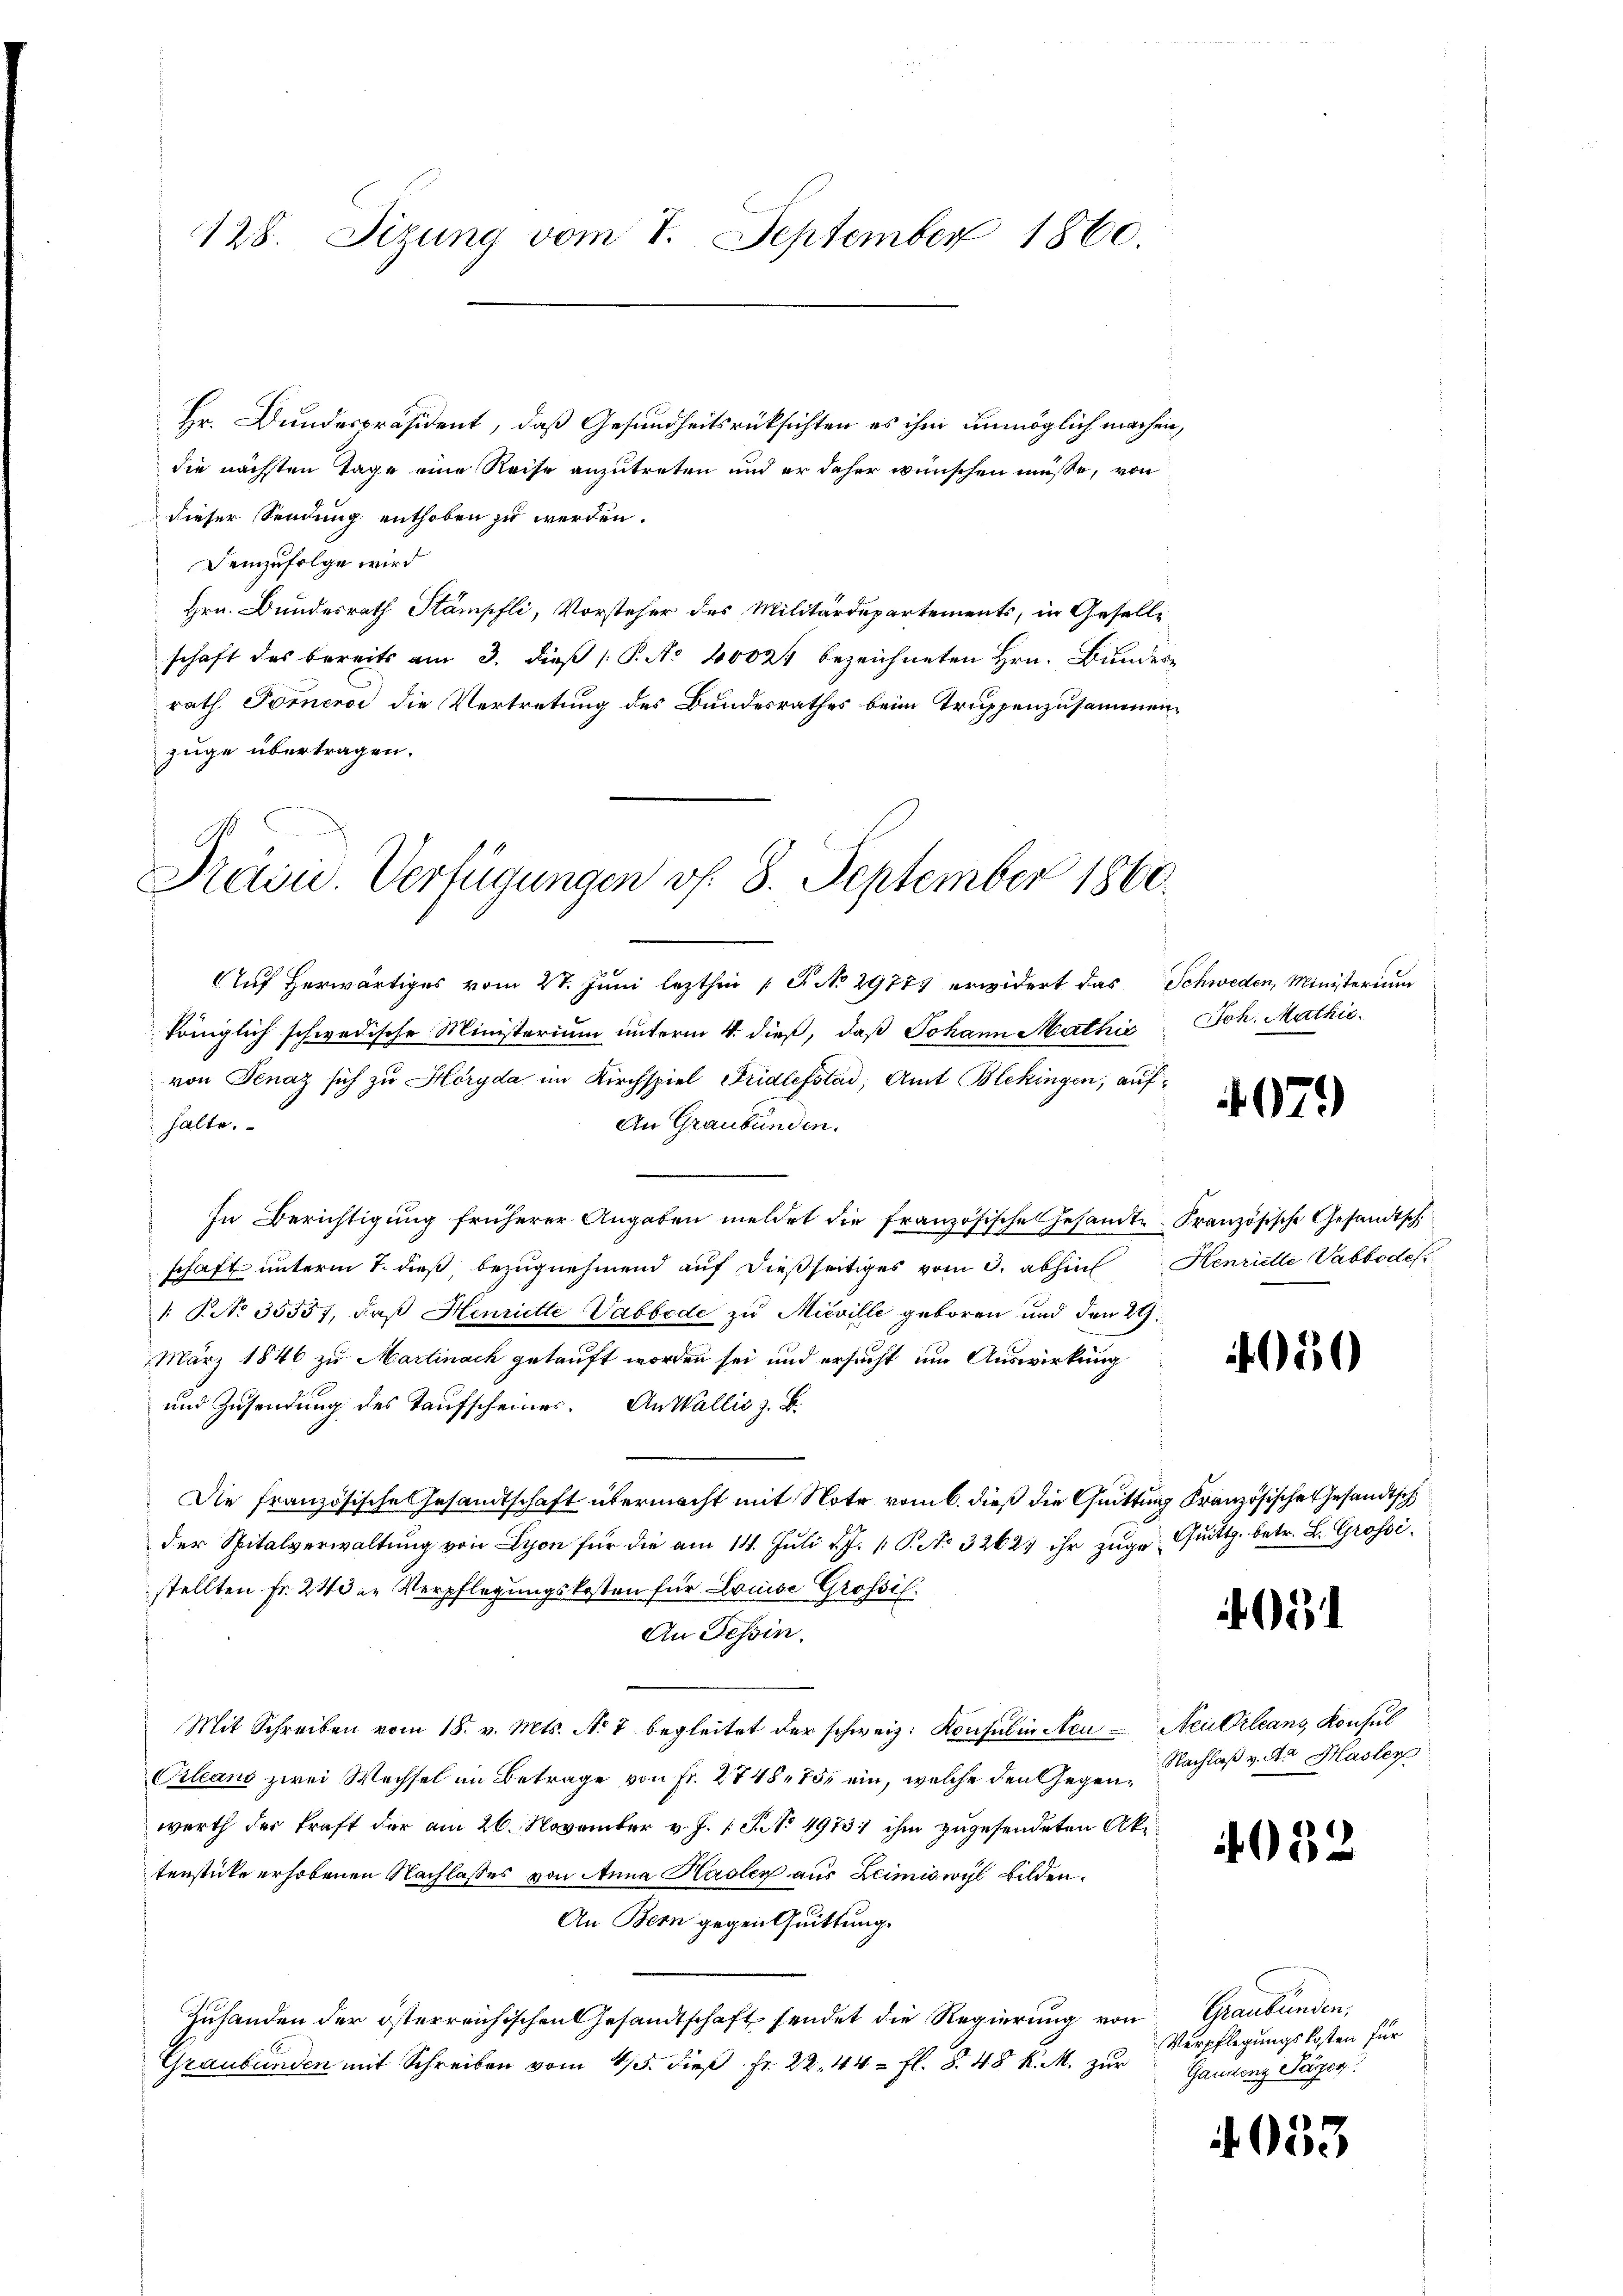
Hr. Bundespräsident, daß Gesundheitsrücksichten es ihm unmöglich machen,
die nächsten Tage eine Reise anzutreten und er daher wünschen müsse, von
dieser Sendung enthoben zu werden.
Demzufolge wird
Hrn. Bundesrath Stämpfli, Vorsteher des Militärdepartements, in Gesellschaft des bereits am 3. dieβ (: P. Nr. 40021 bezeichneten Hrn. Bundesrath Pomero die Vertretung des Bundesrathes beim Truppenzusammenzuge übertragen.
s

Auf herwärtiges vom 21. Juni lezthin 1 S. No 29777 erwidert das Schweden, Ministerium
königlich schwedische Ministerium unterm 4. dieß, daß Johann Mathić
von Fenaz sich zu Höryda im Kirchspiel Fridlefstad, Amt Blekingen, aufhalte.
An Graubünden.
In Berichtigung früherer Angaben meldet die französische Gesamte Französische Gesandtsch.
schaft unterm 7. dieß, bezugnehmend auf dießseitiges vom 3. abhin Henrielle Vabbode
. P. No. 35557, daß Henriette Vabbede zu Micville geboren und den 29.
März 1846 zu Martinach getauft worden sei und ersucht um Auswirkung
und Zusendung des Taufscheiner. An Wallis z. B.
Die französische Gesandtschaft übermacht mit Note vom 6. dieß die Quittung Französischen Gesandtsch
der Spitalverwaltŭng von Lyon für die am 14. Juli v. J. P. No 32623 ihr zŭge Quitt. betr. L. Grossistellten Fr. 24 der Verpflegungskosten für Louise Grossil.
An Tessin.
Mit Schreiben vom 18. v. Mts. No 7 begleitet der schweiz. Konsul in Neu - Neutrleans Konsul
Orleans zwei Wechsel im Betrage von Fr. 2748. 75 ein, welche den Gegenwerth der kraft der am 26. November v. J. 1 S. Nr. 49731 ihm zugesendeten Aktenstücke erhobenen Nachlasses von Anna Hasler aus Leimiswyl bilden.
An Bern gegen Quittung.
Zuhanden der österreichischen Gesandtschaft sendet die Regierung von
Graubünden mit Schreiben vom 4/5. dieβ Fr. 22. 44. fl. §. 48 k. M. zur Gaudenz Pagen.

128. Sizung vom 7. September 1860.

Kain. Verfügungen vf. 8. September 1860.

e

Joh. Mathie

4079

4050

05

Nachlaß v. M. Hasler

4052

Graubünden,
Verpflegungskosten für

4033